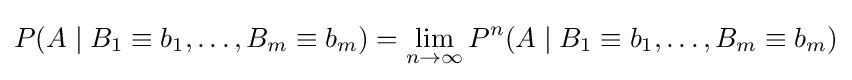
P(A\mid B_{1}\equiv b_{1},\ldots ,B_{m}\equiv b_{m})=\lim _{n\to \infty }P^{n}(A\mid B_{1}\equiv b_{1},\ldots ,B_{m}\equiv b_{m})